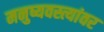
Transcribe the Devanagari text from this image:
मनुष्यवस्त्यांवर